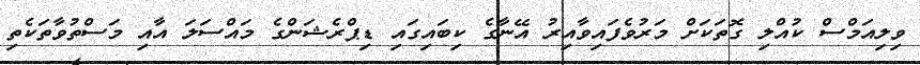
ވިލިއަމްސް ކުއްލި ގޮތަކަށް މަރުވެފައިވާއިރު އޭނާގެ ކިބައިގައި ޑިޕްރެޝަންގެ މައްސަލަ އާއި މަސްތުވާތަކެތި